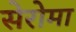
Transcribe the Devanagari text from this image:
सेरोमा